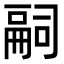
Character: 𠻸